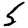
Digit: 5